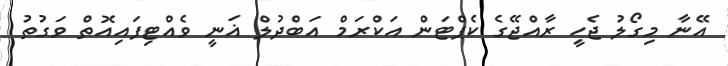
އޭނާ މިގޯލު ޖެހީ ރާއްޖޭގެ ކެޕްޓަން އަކްރަމް އަބްދުލް ޣަނީ ވެއްޓިފައިއޮތް ވަގުތު